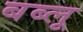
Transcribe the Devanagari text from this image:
बब्लू